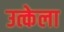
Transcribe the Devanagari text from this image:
उत्केला